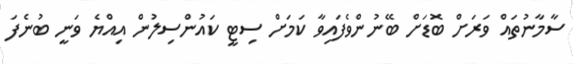
ސާމާނުތައް ވަރަށް ބޮޑަށް ބޭނުންވެފައިވާ ކަމަށް ސިޓީ ކައުންސިލުން އިއްޔެ ވަނީ ބުނެފަ